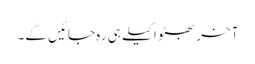
آخر بھٹو اکیلے ہی رہ جائیں گے۔